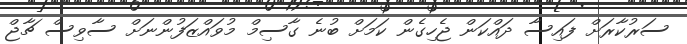
ސަރުކާރަށް ފައިސާ ދައްކަން ޖެހިގެން ކަމަށް ބުނެ ގާސިމް މުވައްޒަފުންނަށް ސާވިސް ޗާޖް